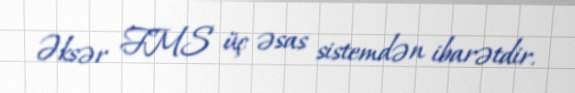
Əksər FMS üç əsas sistemdən ibarətdir.